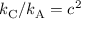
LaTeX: k _ { \mathrm { { C } } } / k _ { \mathrm { { A } } } = c ^ { 2 }